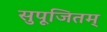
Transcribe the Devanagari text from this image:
सुपूजितम्